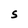
Character: S